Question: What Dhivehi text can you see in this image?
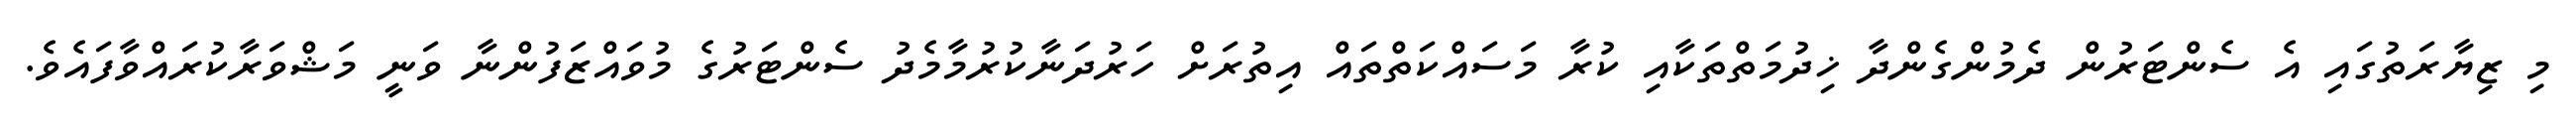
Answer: މި ޒިޔާރަތުގައި އެ ސެންޓަރުން ދެމުންގެންދާ ޚިދުމަތްތަކާއި ކުރާ މަސައްކަތްތައް އިތުރަށް ހަރުދަނާކުރުމާމެދު ސެންޓަރުގެ މުވައްޒަފުންނާ ވަނީ މަޝްވަރާކުރައްވާފައެވެ.